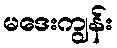
မဒေးကျွန်း